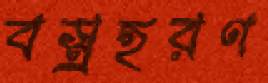
বস্ত্রহরণ